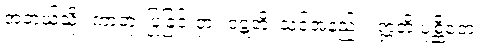
အဘယ်သို့။ ကာတုံ၊ ပြုခြင်းငှာ။ ဝဋ္ဋတိ၊ သင့်အံ့နည်း။ ဣတိ ပုစ္ဆိတေ၊